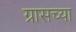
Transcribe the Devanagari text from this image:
ग्रासच्या